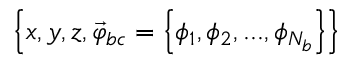
\left\{ x , y , z , \vec { \varphi } _ { b c } = \left\{ \phi _ { 1 } , \phi _ { 2 } , . . . , \phi _ { N _ { b } } \right\} \right\}